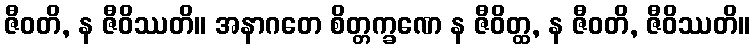
ဇီဝတိ, န ဇီဝိဿတိ။ အနာဂတေ စိတ္တက္ခဏေ န ဇီဝိတ္ထ, န ဇီဝတိ, ဇီဝိဿတိ။